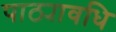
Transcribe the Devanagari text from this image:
पाठ्यावधि